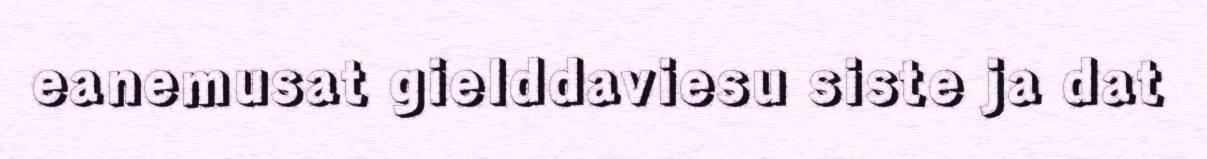
eanemusat gielddaviesu siste ja dat